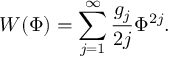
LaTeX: W ( \Phi ) = \sum _ { j = 1 } ^ { \infty } \frac { g _ { j } } { 2 j } \Phi ^ { 2 j } .